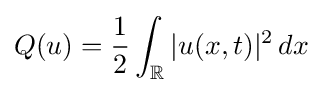
Q(u)={\frac {1}{2}}\int _{\mathbb {R} }|u(x,t)|^{2}\,dx